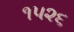
૧૫૨૬